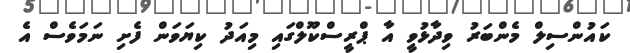
ކައުންސިލް މެންބަރު ވިދާޅުވީ އާ ޕްރީސްކޫލްގައި މިއަދު ކިޔަވަން ފެށި ނަމަވެސް އެ